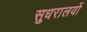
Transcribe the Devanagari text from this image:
सुधरालयों